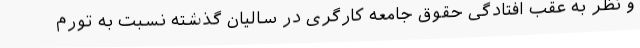
و نظر به عقب افتادگی حقوق جامعه کارگری در سالیان گذشته نسبت به تورم